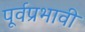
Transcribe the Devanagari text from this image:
पूर्वप्रभावी